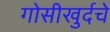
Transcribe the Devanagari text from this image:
गोसीखुर्दचे